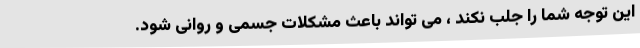
این توجه شما را جلب نکند ، می تواند باعث مشکلات جسمی و روانی شود.